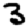
Digit: 3